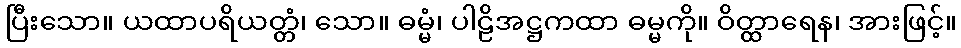
ပြီးသော။ ယထာပရိယတ္တံ၊ သော။ ဓမ္မံ၊ ပါဠိအဋ္ဌကထာ ဓမ္မကို။ ဝိတ္ထာရေန၊ အားဖြင့်။